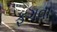
ફગવા